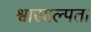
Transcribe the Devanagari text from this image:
श्वासाल्पता